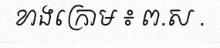
ខាងក្រោម ៖ ព.ស .